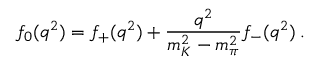
f _ { 0 } ( q ^ { 2 } ) = f _ { + } ( q ^ { 2 } ) + \frac { q ^ { 2 } } { m _ { K } ^ { 2 } - m _ { \pi } ^ { 2 } } f _ { - } ( q ^ { 2 } ) \: .